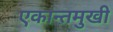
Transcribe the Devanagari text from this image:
एकान्तमुखी